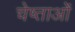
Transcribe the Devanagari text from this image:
चेष्ताओं